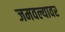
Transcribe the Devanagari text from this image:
जमवल्यावर